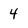
Character: 4